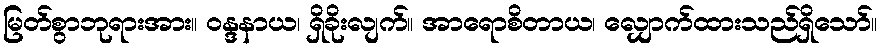
မြတ်စွာဘုရားအား။ ဝန္ဒနာယ၊ ရှိခိုးလျက်။ အာရောစိတာယ၊ လျှောက်ထားသည်ရှိသော်။